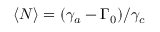
\langle N \rangle = { \left( \gamma _ { a } - \Gamma _ { 0 } \right) } / { \gamma _ { c } }